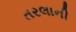
તરલાની